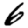
Digit: 6